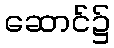
ဆောင်၌